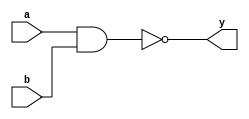
//NAND GATE

//NAND gate using Structural modeling
module nand_gate_s(a,b,y);
input a,b;
output y;

nand(y,a,b);
                
endmodule


//NAND gate using data flow modeling
module nand_gate_d(a,b,y);
input a,b;
output y;

assign y = ~(a & b);
                
endmodule


//NAND gate using behavioural modeling
module NAND_2_behavioral (output reg Y, input A, B);
always @ (A or B) begin
    if (A == 1'b1 & B == 1'b1) begin
        Y = 1'b0;
    end
    else 
        Y = 1'b1; 
end
endmodule